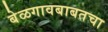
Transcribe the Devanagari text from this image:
बेळगावबाबतचा